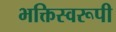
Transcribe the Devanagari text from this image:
भक्तिस्वरूपी